Memorandum on the prevention of leprosy by segregation of the affected
Disease focus: Leprosy
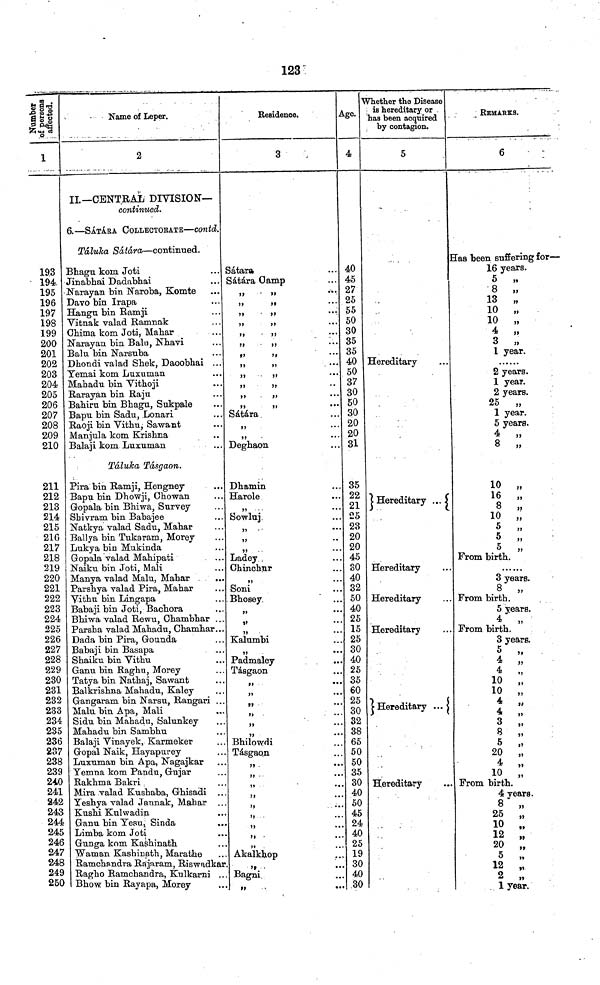
123
1
19.3
194.
195
196
197
198
199
200
201
202
203
204
205
206
207
208
209
210
211
212
213
214
215
216
217
218
219
220
221
222
223
224
225
226
227
228
229
230
231
232
233
234
235
236
237
238
239
240
241
242
243
244
245
246
247
248
249
250
Name of Leper.
2
II—CENTRAL DIVISION—
continued.
6,—SÁTÁRA COLLECTOEATE—COntd.
Tálukaa
Sátára—continued.
Bhagu kom Joti
Jinabhai Dadabhai
Narayan bin Naroba, Komte
Davo bin Irapa
Hangn bin Ranrji
Vitnak valad Ramnak
Chima kom Joti, Mahar
Narayan bin Balu, Nhavi
Balu bin Narsuba
Dhondi valad Shek, Daoobhai ...
Temai kom Luxuman
Mabadu bin Vithoji
Rarayan bin Raju
Babiru bin Bhagu, Sukpale
Bapu bin Sadu, Lonari
Raoji bin Vithu; Sawant
Manjula kom Krishna
Balaji kom Luxuman
Táluka Tásgaon.
Pira bin Ramji, Hengney
Bapu bin Dhowji, Chowan
Gopala bin Bhiwa, Survey
Shivram bin Babajee
Natkya valad Sadu, Mahar
Ballya bin Tukaram, Morey
Lukya bin Mukinda
Gopala valad Mahipati
. ...
Naiku bin Joti, Mali
Manya valad Malu, Mahar
Parshya valad Pira, Mahar
Yithu bin Lingapa
Babaji bin Joti, Bachora
Bhiwa valad Rewu, Chambhar ...
Parsha valad Mahadu, Chamhar...
Dada bin Pira, Gounda
Babaji bin Basapa
Shaiku bin Vithu
Ganu bin Raghu, Morey
Tatya bin Nathaj, Sawant
Balkrishna Mahadu, Kaley
Gangaram bin Narsu, Rangari ...
Malu bin Apa, Mali
Sidu bin Mahadu, Salunkey
Mahadu bin Sambhu
Balaji Vinayek, Karmeker
Gopal Naik, Hayapurey
Luxuman bin Apa, Nagajkar
Temna kom Pandu, Gujar
Rakhma Bakri
Mira valad Kushaba, Ghisadi ...
Yeshya valad Jannak, Mahar ...
Kushi Kulwadin
Ganu bin Yesu t Sinda
Limba kom Joti
Gunga kom Kashinath
Waman Kashinath, Marathe
Ramchandra Rajaram, Riswadkar
Ragho Ramchandra, Kulkarni ...
Bhow bin Rayapa, Morey
Residence.
3
Sátára
Sátára Camp
Sátára
Deghaon
Dhamin
Harole
Sowluj.
Ladey .
Chinchur
Soni
Bhosey,
Kalumbi
Padmaley
Tásgaon
Bhilowdi
Tásgaon
»
Akalkhop
Bagni
»
•••
Age.
4
40
45
27
25
55
50
30
35
35
40
50
37
30
50
30
20
20
31
35
22
21
25
23
20
20
45
30
40
32
50
40
25
15
25
30
40
25
35
60
25
30
32
38
65
50
50
35
30
40
50
45
24
40
25
19
30
40
30
Whether the Disease
is hereditary or .
has been acquired
by contagion.
5
Hereditary
Hereditary ...
Hereditary
Hereditary
Hereditary
Hereditary ...
Hereditary
REMARKS
6
Has been suffering for—
16 years.
5 „
8 „
13 „
10 „
10 „
4 „
3 „
1 year.
2 years.
1 year.
2 years.
25 „
1 year.
5 years.
4 „
8 „
10
„
16
„
8
„
10
„
5 „
5 „
5 „
From birth.
3 years.
8 „
From birth.
5 years.
4
From birth.
3 years.
5 „
4
4 „
10
„
10
„
4
4
3
ft
5
20
„
4
4
10
From birth.
4.
years
25 „
10 „
20
20
5 5
12 12
2
1 year.